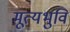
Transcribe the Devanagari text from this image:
मूत्यभुवि